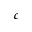
c